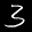
Label: 3